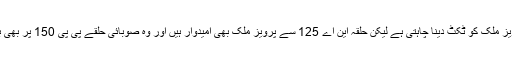
مسلم لیگ (ن) کی قیادت این اے 125 میں پرویز ملک کو ٹکٹ دینا چاہتی ہے لیکن حلقہ این اے 125 سے پرویز ملک بھی امیدوار ہیں اور وہ صوبائی حلقے پی پی 150 پر بھی بلال یاسین کے ساتھ الیکشن کے لیے تیار نہیں۔